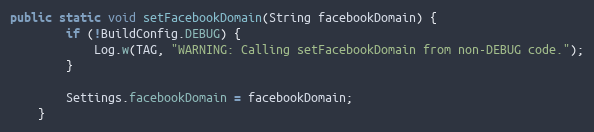
Language: Java
public static void setFacebookDomain(String facebookDomain) {
        if (!BuildConfig.DEBUG) {
            Log.w(TAG, "WARNING: Calling setFacebookDomain from non-DEBUG code.");
        }

        Settings.facebookDomain = facebookDomain;
    }